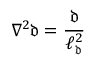
{ \nabla ^ { 2 } } \mathfrak { d } = \frac { \mathfrak { d } } { \ell _ { \mathfrak { d } } ^ { 2 } }